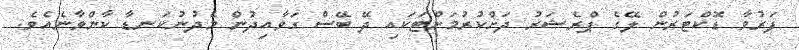
ފަރުވާ ޑޮކްޓަރުން ލޭގެ ޕްރެޝަރު ދަށްކުރުމަށްޓަކައި ދޭ ބޭސް ގަވާއިދުން މެދުނުކަނޑާ ކާންވާނެއެވެ.